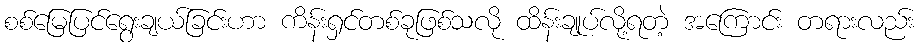
စစ်မြေပြင်ရွေးချယ်ခြင်းဟာ ကိန်းရှင်တစ်ခုဖြစ်သလို ထိန်းချုပ်လို့ရတဲ့ အကြောင်း တရားလည်း